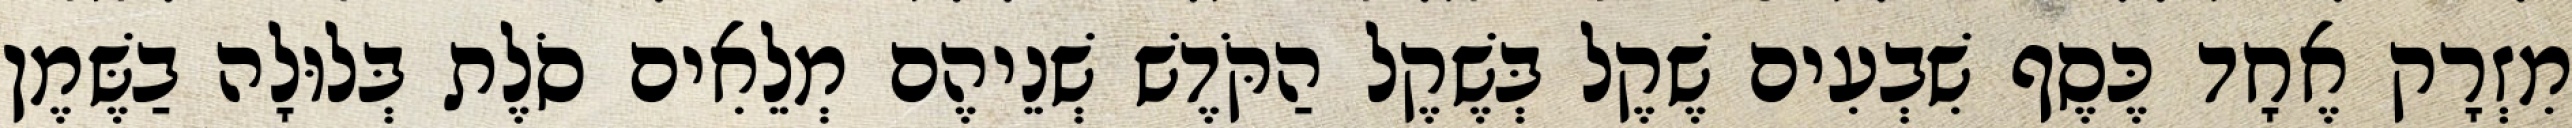
מִזְרָק אֶחָד כֶּסֶף שִׁבְעִים שֶׁקֶל בְּשֶׁקֶל הַקֹּדֶשׁ שְׁנֵיהֶם מְלֵאִים סֹלֶת בְּלוּלָה בַשֶּׁמֶן